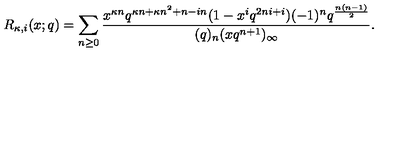
R _ { \kappa , i } ( x ; q ) = \sum _ { n \geq 0 } \frac { x ^ { \kappa n } q ^ { \kappa n + \kappa n ^ { 2 } + n - i n } ( 1 - x ^ { i } q ^ { 2 n i + i } ) ( - 1 ) ^ { n } q ^ { \frac { n ( n - 1 ) } { 2 } } } { ( q ) _ { n } ( x q ^ { n + 1 } ) _ { \infty } } .